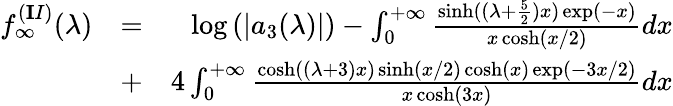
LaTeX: \begin{array}{rlr}{f_{\infty}^{({\mathbf II})}(\lambda)}&{=}&{\log\left(|a_{3}(\lambda)|\right)-\int_{0}^{+\infty}\frac{\sinh((\lambda+\frac{5}{2})x)\exp(-x)}{x\cosh(x/2)}dx}\\ &{+}&{4\int_{0}^{+\infty}\frac{\cosh\left((\lambda+3)x\right)\sinh(x/2)\cosh(x)\exp(-3x/2)}{x\cosh(3x)}dx}\end{array}